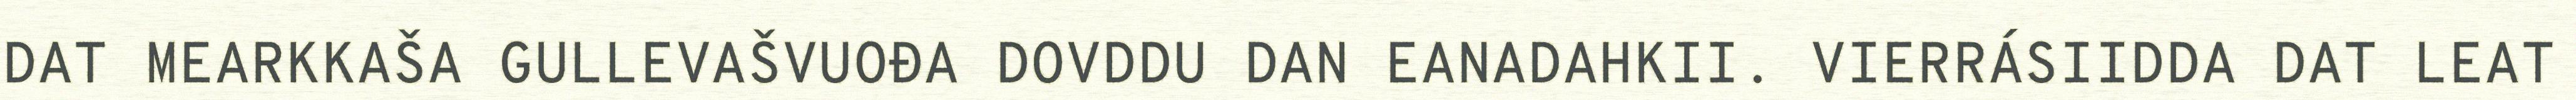
DAT MEARKKAŠA GULLEVAŠVUOĐA DOVDDU DAN EANADAHKII. VIERRÁSIIDDA DAT LEAT